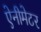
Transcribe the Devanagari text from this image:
ऐनीमेटर